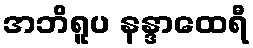
အဘိရူပ နန္ဒာထေရီ